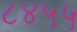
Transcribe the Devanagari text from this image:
८४५५